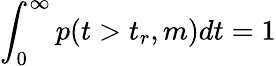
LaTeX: \int_{0}^{\infty}p(t>t_{r},m)dt=1